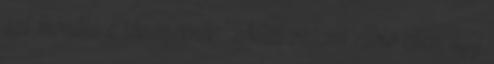
azt mondta a tömegeknek: ,,Mint valami rabló ellen, úgy